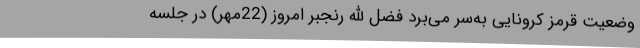
وضعیت قرمز کرونایی به‌سر می‌برد فضل الله رنجبر امروز (22مهر) در جلسه